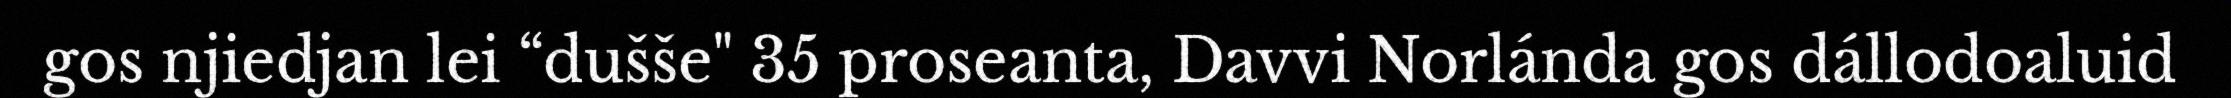
gos njiedjan lei “dušše" 35 proseanta, Davvi Norlánda gos dállodoaluid